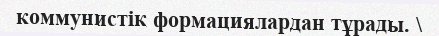
коммунистік формациялардан тұрады. \